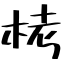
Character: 栲